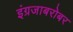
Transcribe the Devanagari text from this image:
इंग्रजाबरोबर